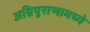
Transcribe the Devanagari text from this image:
अग्निपुराणामध्ये